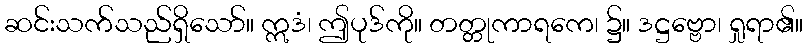
ဆင်းသက်သည်ရှိသော်။ ဣဒံ၊ ဤပုဒ်ကို။ တတ္တုကာရကေ၊ ၌။ ဒဋ္ဌဗ္ဗော၊ ရှုရာ၏။